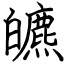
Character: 皫